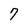
Character: 7